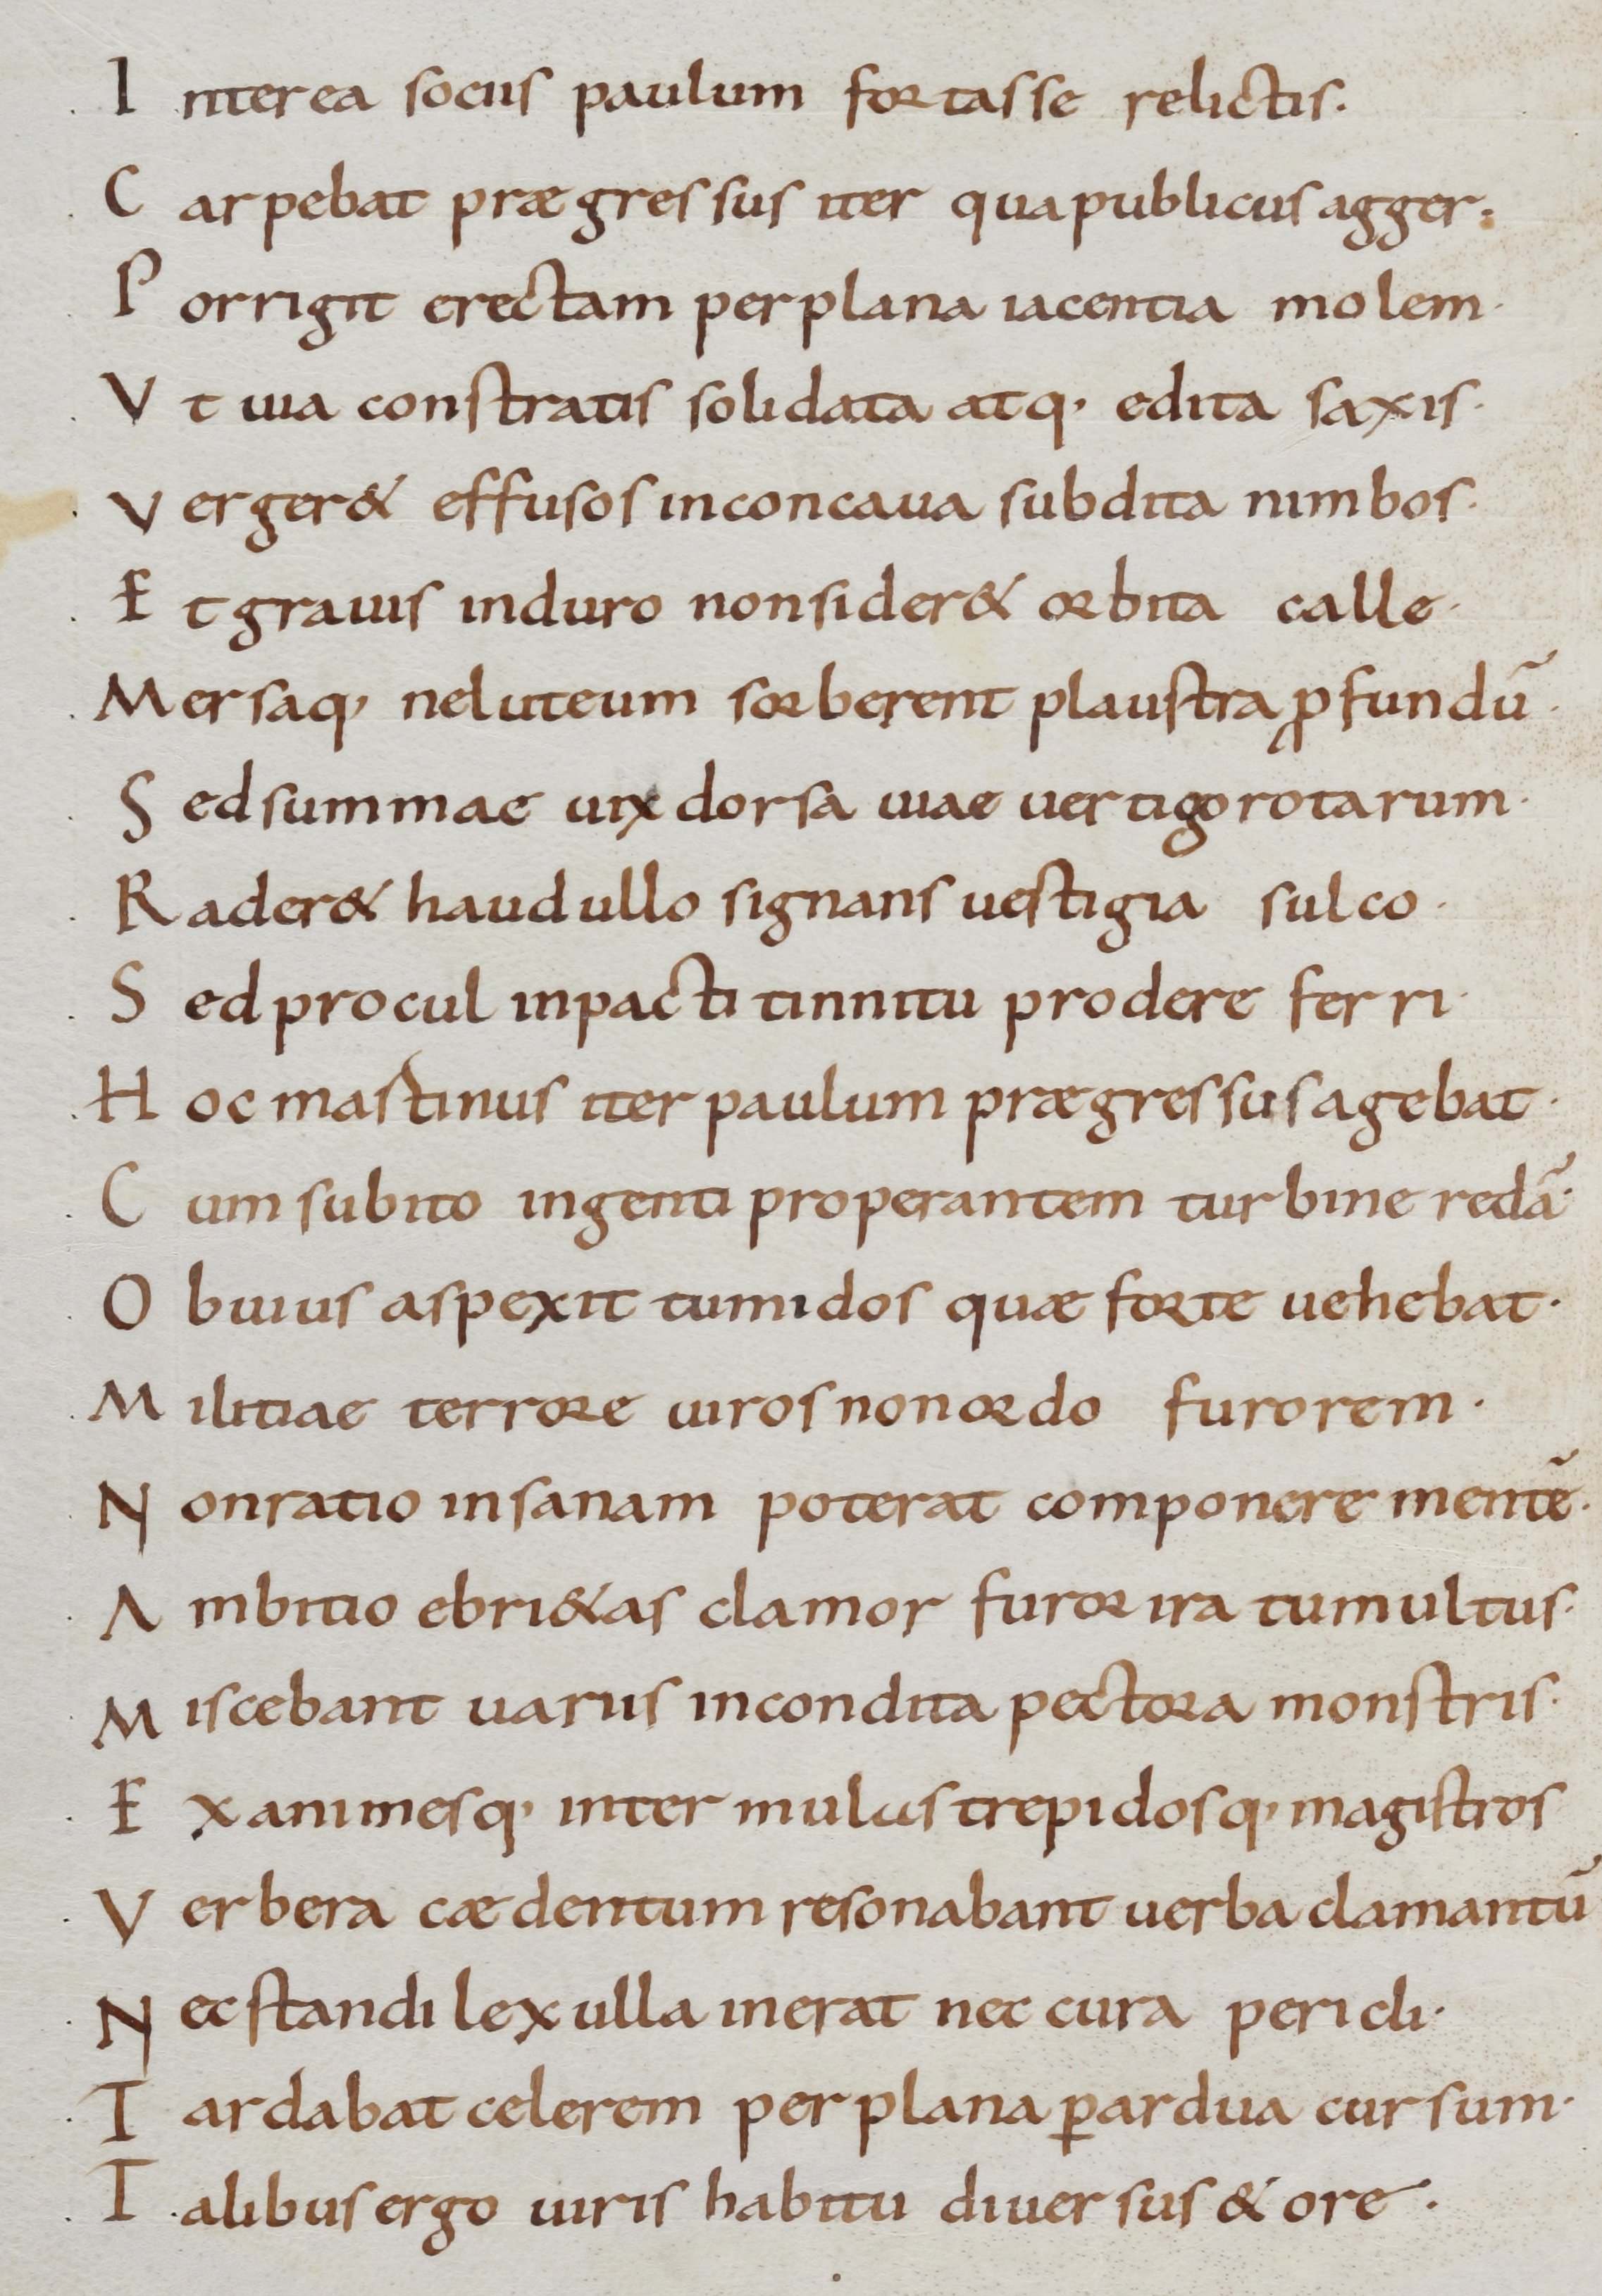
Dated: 800–999